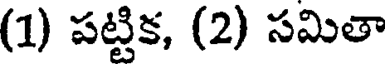
(1) పట్టిక, (2) సమితా